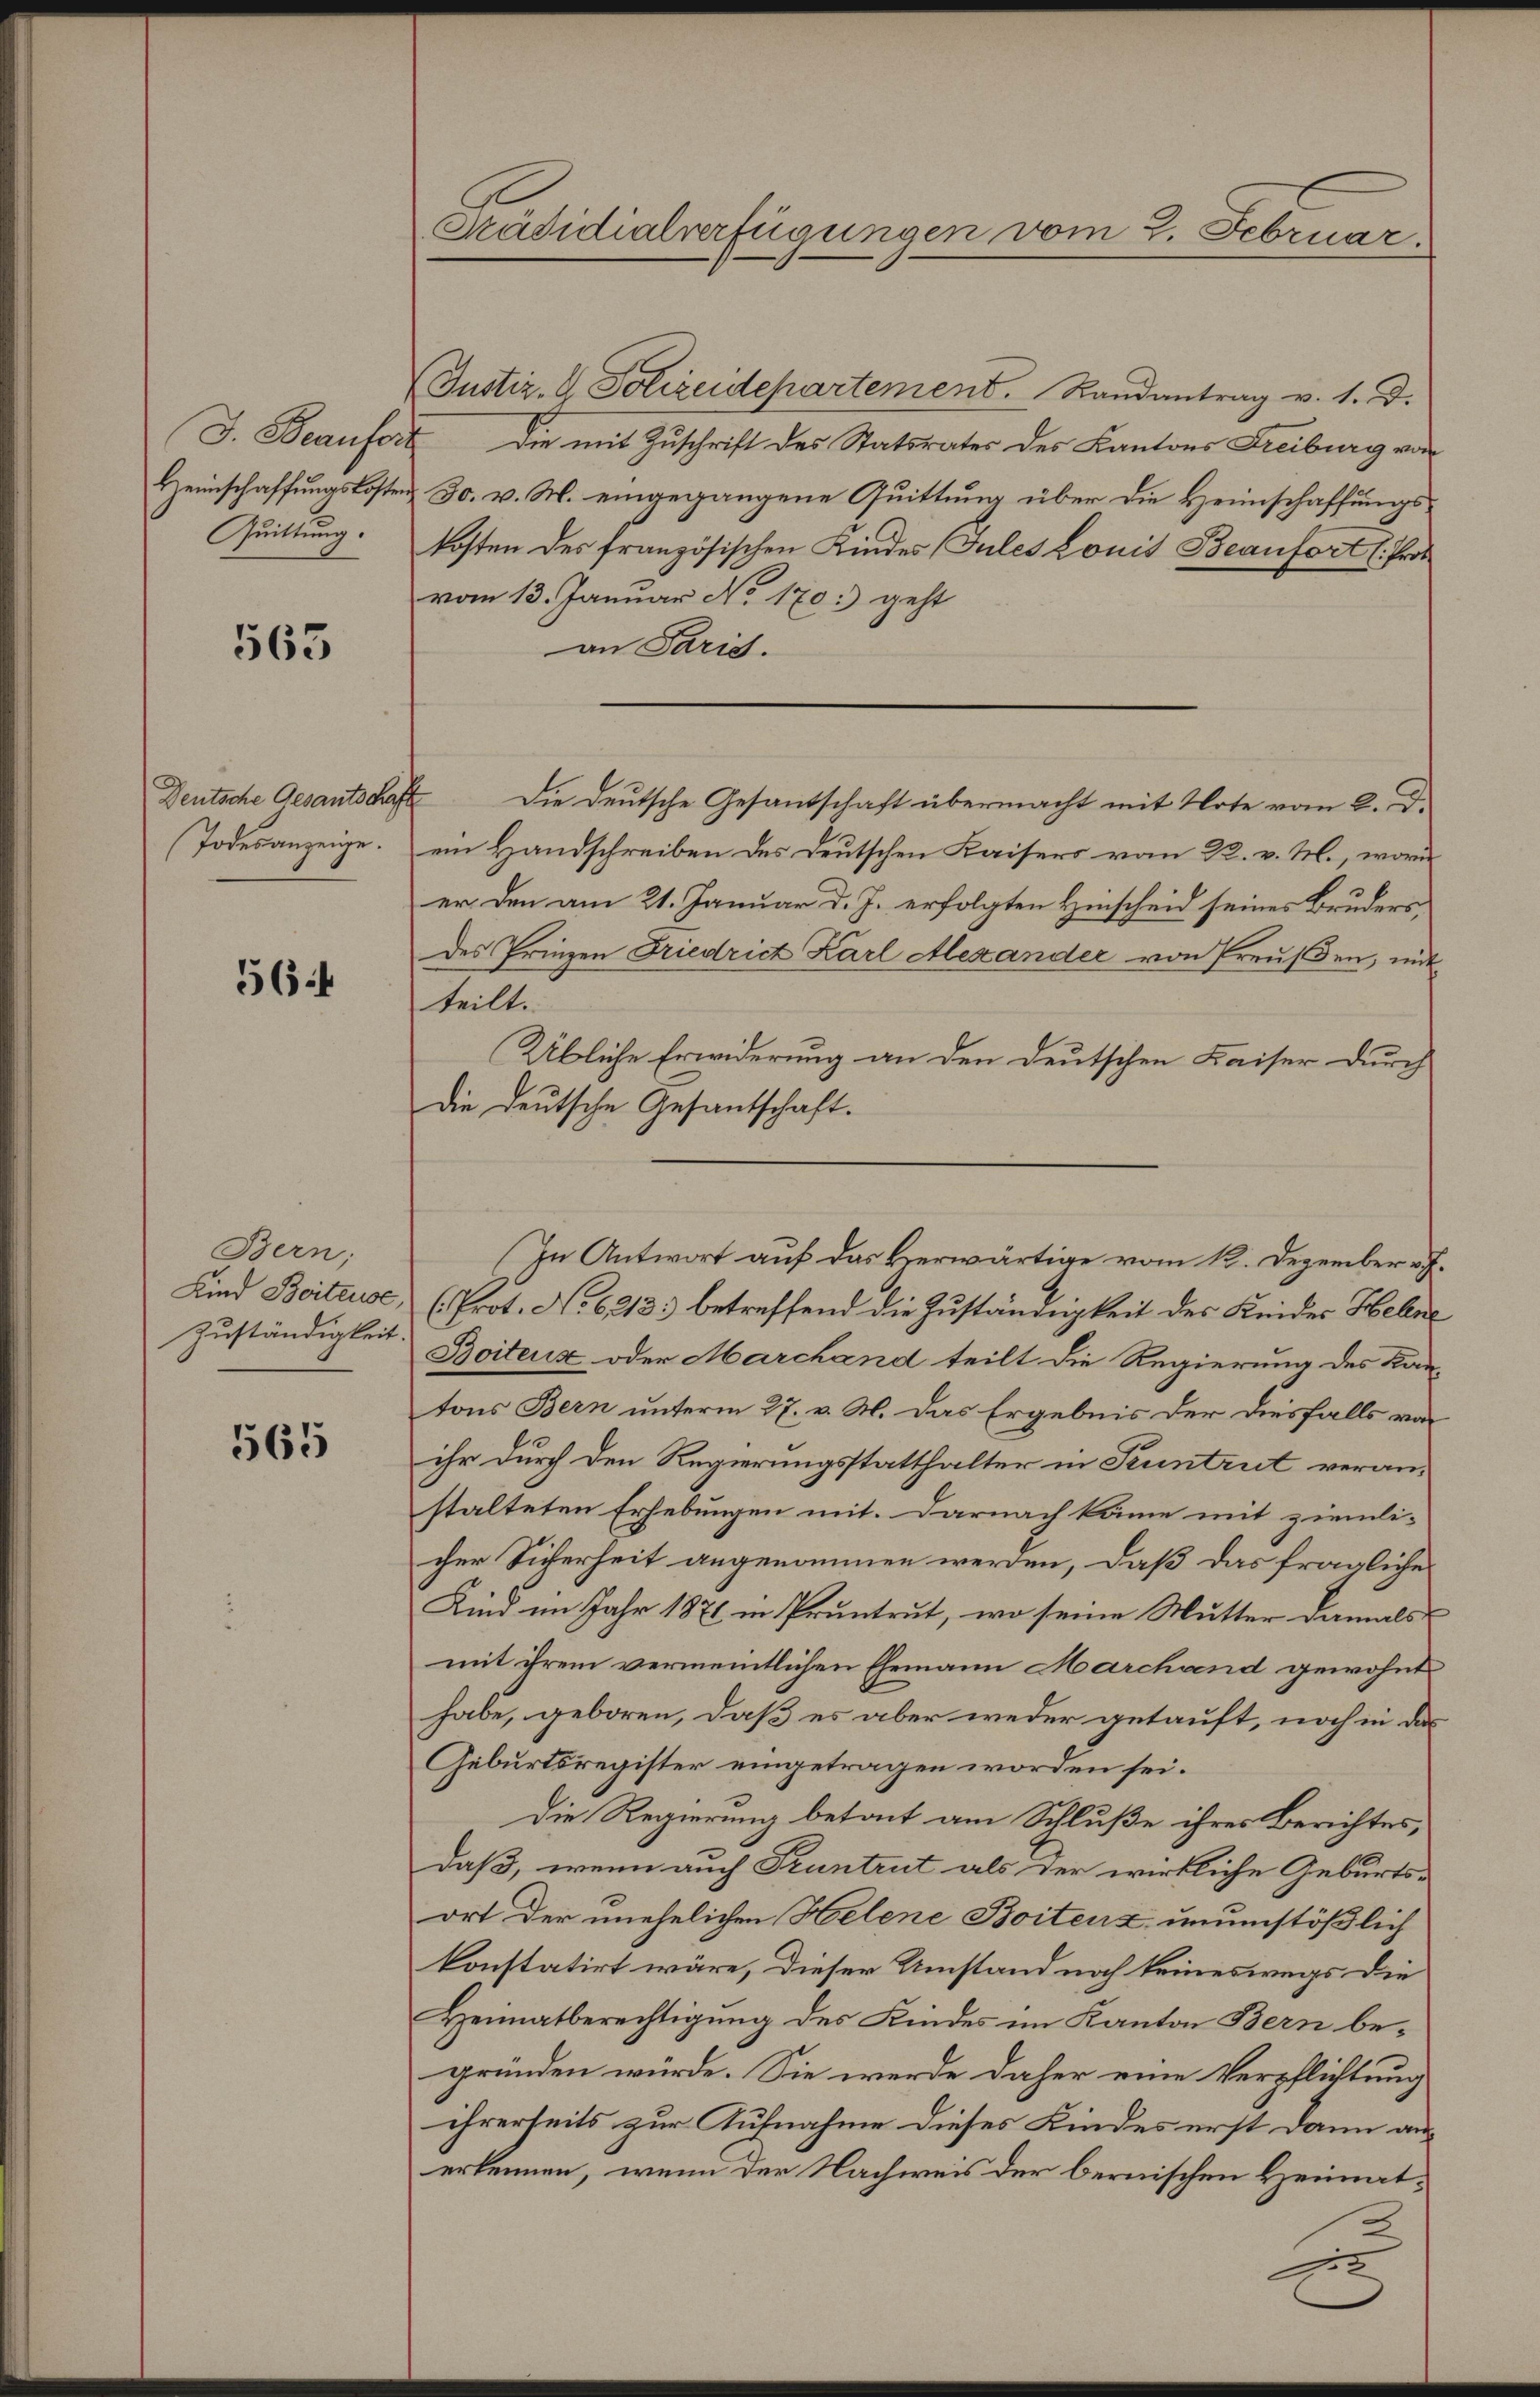
J. Beaufer
Heinschaffungskosten
Quittung.

563

Todesanzeige.

564

Bern,
Kind Beiteuse,
Zuständigkeit.

565

Präsidialverfügungen vom 2. Februar.

(Justiz- & Polizeidepartement. Randantrag v. 1. d.
 Die mit Zuschrift des Statsrates des Kantons Freiburg von
& 30. v. M. eingegangene Quittung über die Heimschaffungskosten des französischen Kindes (Jules Louis Beaufort (Pro
vom 13. Januar No 170. geht
an Paris.
Deutsche Gesantschaft die deutsche Gesandschaft übermacht mit Note vom 2. D.
ein Handschreiben des Deutschen Kaisers vom 22. v. M., worin
er den am 21. Januar d. J. erfolgten Hinscheid seines Bruders,
des Prinzen Friedrich Karl Alexander von Preußen, mit
teilt.
Übliche Erwiderung an den deutschen Kaiser durch
die deutsche Gesantschaft.
(Prot. No 6213. betreffend die Zuständigkeit des Keides Helne
Boitenz oder Marchand teilt die Regierung des Kan-
tons Bern unterm 27. v. M. das Ergebnis der diesfalls von
ihr durch den Regierungsstatthalter in Pruntrut veranstalteten Erhebungen mit. Darnach käme mit ziemli-
cher Sicherheit angenommen werden, daß das fragliche
Kind im Jahr 1871 in Pruntrut, wo seine Mutter damals
mit ihrem vermeintlichen Ehemann Marchand gewohnt
habe, geboren, daß es aber weder getauft, noch in das
Geburtsregister eingetragen worden sei.
Die Regierung betont am Schluße ihres Berichtes,
daß, wenn auch Truntrut als der wirkliche Geburts-
ort der unehelichen Helene Boitenz unumstößlich
konstatirt wäre, dieser Umstand noch keineswegs die
Heimatberechtigung des Kindes im Kanton Bern begründen würde. Sie werde daher eine Verpflichtung
ihrerseits zur Aufnahme dieses Kindes erst dann au
erkennen, wenn der Nachweis der bernischen Heimat¬
2
x

In Antwort auf das verwärtige vom 12. Dezember v. J.